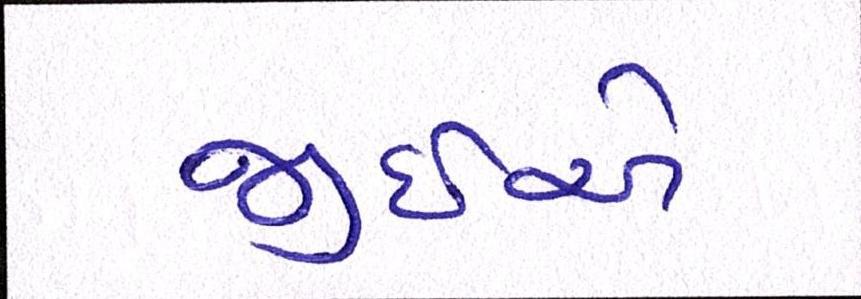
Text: જીઇએ